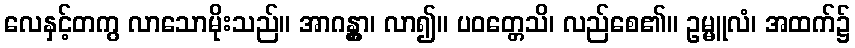
လေနှင့်တကွ လာသောမိုးသည်။ အာဂန္တွာ၊ လာ၍။ ပဝတ္တေသိ၊ လည်စေ၏။ ဥမ္မူလံ၊ အထက်၌